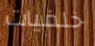
خلفيات